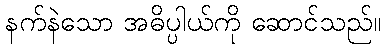
နက်နဲသော အဓိပ္ပါယ်ကို ဆောင်သည်။